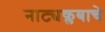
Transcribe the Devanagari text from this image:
नाट्यक्लबाचे